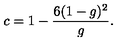
c = 1 - \frac { 6 ( 1 - g ) ^ { 2 } } { g } .